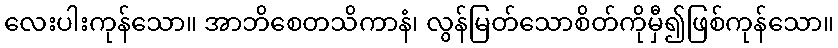
လေးပါးကုန်သော။ အာဘိစေတသိကာနံ၊ လွန်မြတ်သောစိတ်ကိုမှီ၍ဖြစ်ကုန်သော။